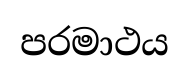
පරමාථය